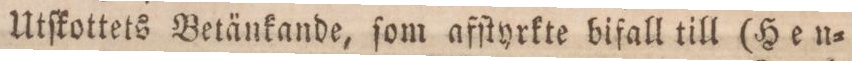
Utſkottets Betänkande, ſom afſtyrkte bifall till (Heu=